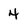
Character: 4